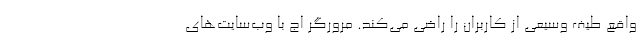
واقع طیف وسیعی از کاربران را راضی می‌کند. مرورگر اج با وب‌سایت‌های